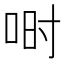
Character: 𫪅